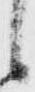
候